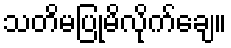
သတိမပြုမိလိုက်ချေ။